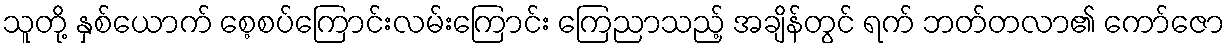
သူတို့ နှစ်ယောက် စေ့စပ်ကြောင်းလမ်းကြောင်း ကြေညာသည့် အချိန်တွင် ရက် ဘတ်တလာ၏ ကော်ဇော